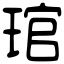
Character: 琯